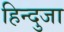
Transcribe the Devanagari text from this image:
हिन्दुजा